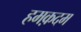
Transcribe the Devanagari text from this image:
हमक़दम